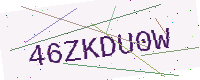
Text: 46ZKDU0W